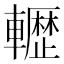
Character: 𮝬